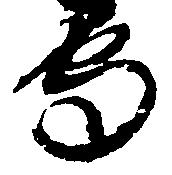
守